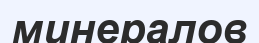
минералов